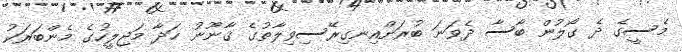
މެސީގެ ދެ ގޯލުން ބާސާ ދެވަނަ ބުރަށްއިނގިރޭސިވިލާތުގެ ޤާނޫނު ހަދާ މަޖިލީހުގެ މެންބަރަކު